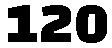
120